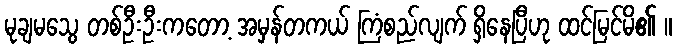
မုချမသွေ တစ်ဦးဦးကတော့ အမှန်တကယ် ကြံစည်လျက် ရှိနေပြီဟု ထင်မြင်မိ၏ ။